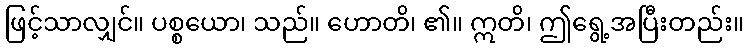
ဖြင့်သာလျှင်။ ပစ္စယော၊ သည်။ ဟောတိ၊ ၏။ ဣတိ၊ ဤရွေ့အပြီးတည်း။